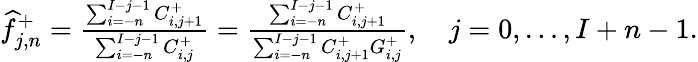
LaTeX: \begin{array}{r}{\widehat f_{j,n}^{+}=\frac{\sum_{i=-n}^{I-j-1}C_{i,j+1}^{+}}{\sum_{i=-n}^{I-j-1}C_{i,j}^{+}}=\frac{\sum_{i=-n}^{I-j-1}C_{i,j+1}^{+}}{\sum_{i=-n}^{I-j-1}C_{i,j+1}^{+}G_{i,j}^{+}},\quad j=0,\dots,I+n-1.}\end{array}